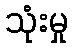
သုံးမှု